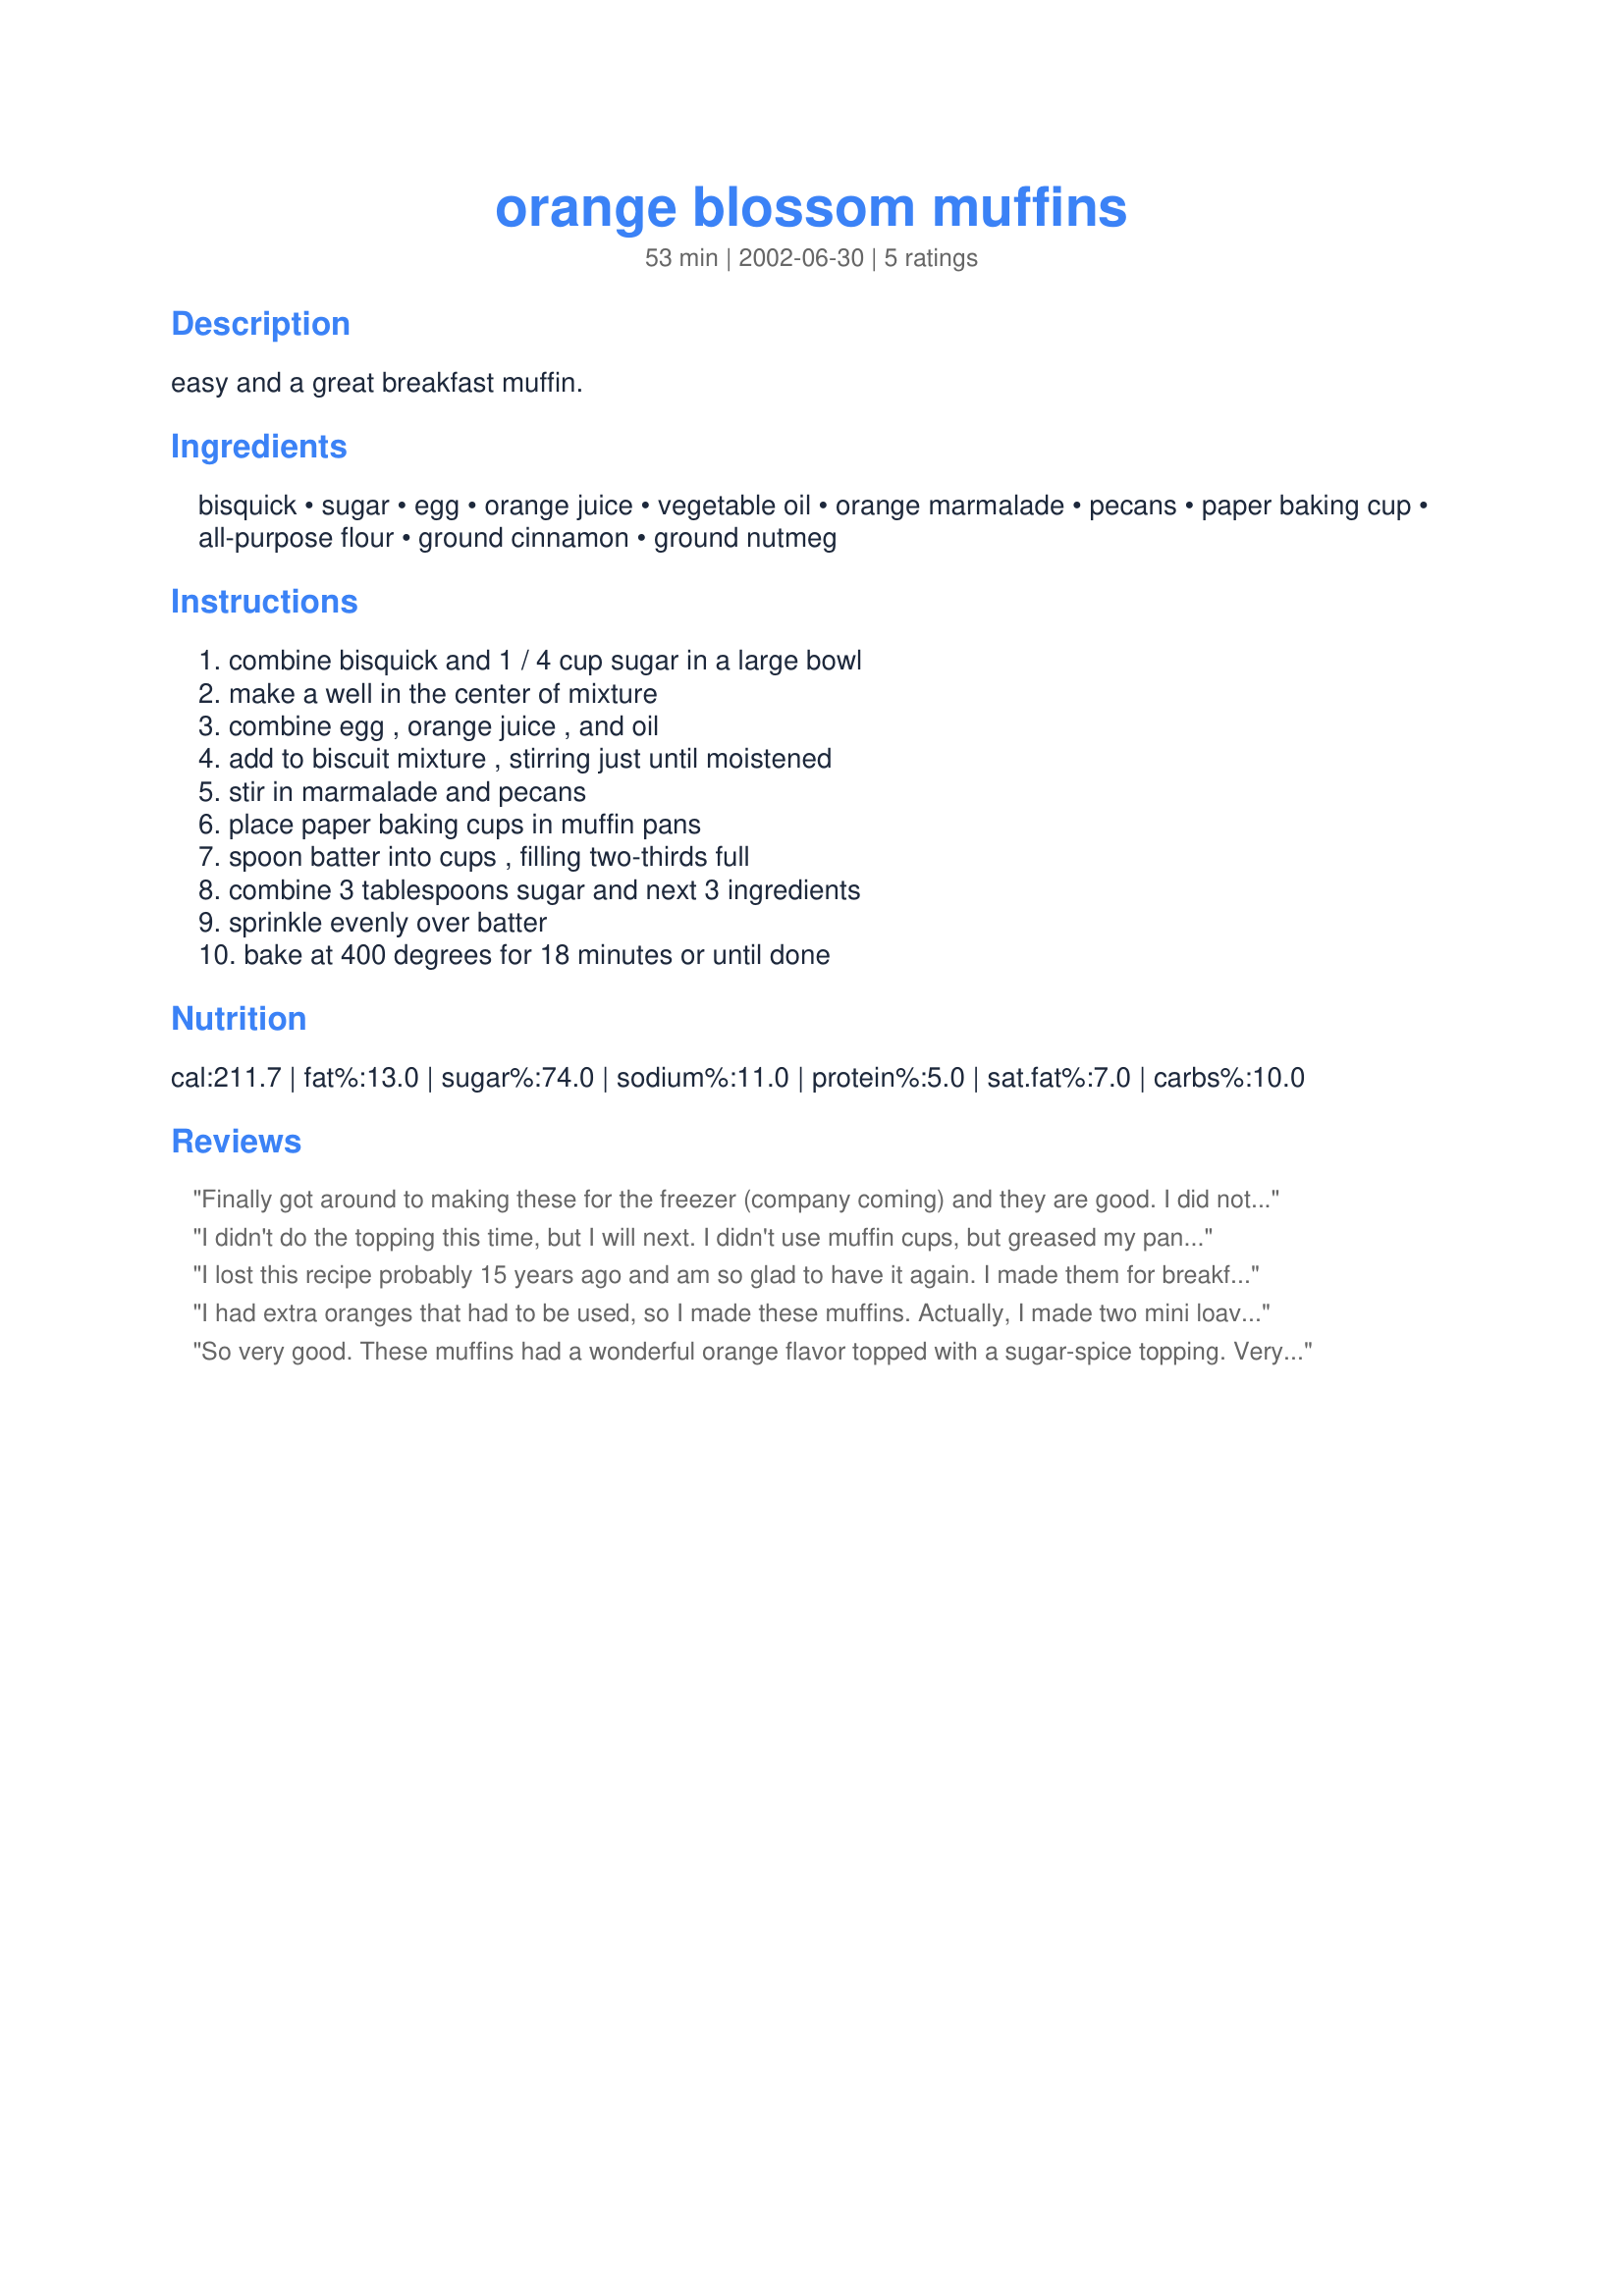
orange blossom muffins
Preparation time: 53 minutes

easy and a great breakfast muffin.

Ingredients:
bisquick, sugar, egg, orange juice, vegetable oil, orange marmalade, pecans, paper baking cup, all-purpose flour, ground cinnamon, ground nutmeg

Steps:
combine bisquick and 1 / 4 cup sugar in a large bowl, make a well in the center of mixture, combine egg , orange juice , and oil, add to biscuit mixture , stirring just until moistened, stir in marmalade and pecans, place paper baking cups in muffin pans, spoon batter into cups , filling two-thirds full, combine 3 tablespoons sugar and next 3 ingredients, sprinkle evenly over batter, bake at 400 degrees for 18 minutes or until done

Reviews:
Finally got around to making these for the freezer (company coming) and they are good. I did not bother with the topping as I did not think it was needed. For my taste these are great without the topping. Orange muffins. . . what next??
I didn't do the topping this time, but I will next. I didn't use muffin cups, but greased my pan. They only took about 15 minutes. These would be a very nice addition to a brunch table as they are or in the smaller 'gem' sized muffin. Thanks!
I lost this recipe probably 15 years ago and am so glad to have it again. I made them for breakfast this morning and they got lots of "mmmmmmms".
I had extra oranges that had to be used, so I made these muffins. Actually, I made two mini loaves. Walnuts were substituted for the pecans; this was very good. I will make them again and pass the recipe on to my parents in Arizona who have their own orange trees.
So very good. These muffins had a wonderful orange flavor topped with a sugar-spice topping. Very moist and just yummy. Thanks for sprucing up our breakfast table.
